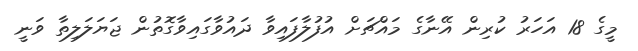
މީގެ 18 އަހަރު ކުރިން އޭނާގެ މައްޗަށް އުފުލާފައިވާ ދައުވާގައިވާގޮތުން ޖަޔަލަލިތާ ވަނީ